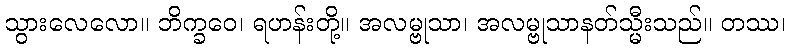
သွားလေလော။ ဘိက္ခဝေ၊ ရဟန်းတို့။ အလမ္ဗုသာ၊ အလမ္ဗုသာနတ်သ္မီးသည်။ တဿ၊